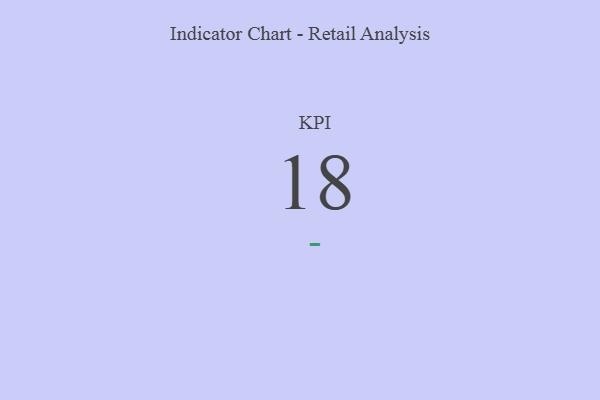
{"axis": {"x": "KPI", "y": "Value"}, "legend": [""], "data": [{"x": "KPI", "y": 18, "type": ""}]}